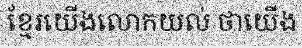
ខ្មែរយើងលោកយល់ ថាយើង